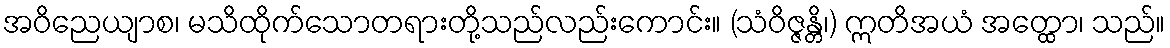
အဝိညေယျာစ၊ မသိထိုက်သောတရားတို့သည်လည်းကောင်း။ (သံဝိဇ္ဇန္တိ၊) ဣတိအယံ အတ္ထော၊ သည်။